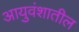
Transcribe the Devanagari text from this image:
आयुवंशातील